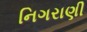
નિગરાણી